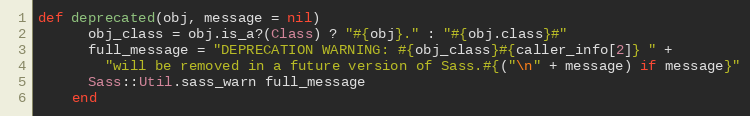
Language: Ruby
def deprecated(obj, message = nil)
      obj_class = obj.is_a?(Class) ? "#{obj}." : "#{obj.class}#"
      full_message = "DEPRECATION WARNING: #{obj_class}#{caller_info[2]} " +
        "will be removed in a future version of Sass.#{("\n" + message) if message}"
      Sass::Util.sass_warn full_message
    end